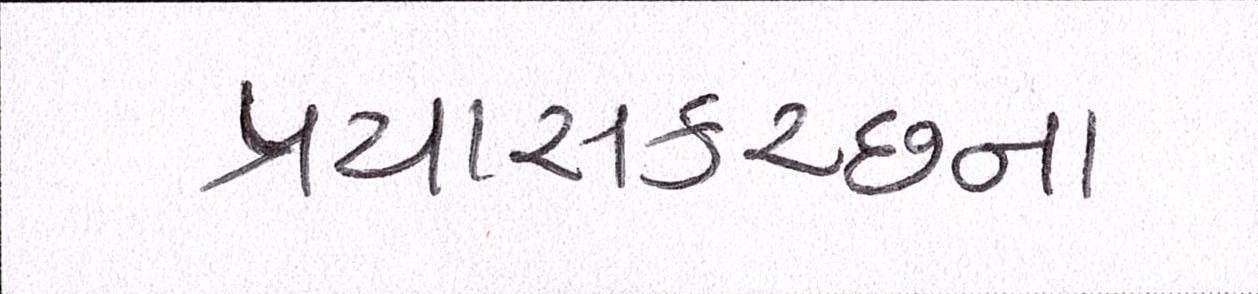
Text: પ્રયાસકચ્છના